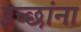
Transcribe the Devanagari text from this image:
इच्छांना